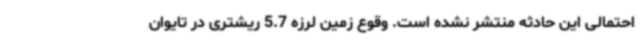
احتمالی این حادثه منتشر نشده است. وقوع زمین لرزه 5.7 ریشتری در تایوان